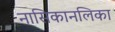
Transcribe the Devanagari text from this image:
नासिकानलिका